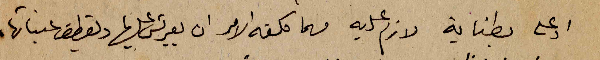
او على بطناية لازم عليه مهما كلفه الامر ان يعربش عليها ويقطف عنباتها